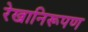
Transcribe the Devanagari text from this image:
रेखानिरूपण